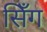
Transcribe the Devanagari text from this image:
सिँग